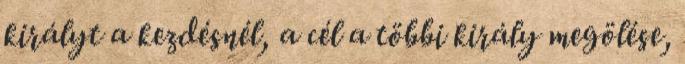
királyt a kezdésnél, a cél a többi király megölése,